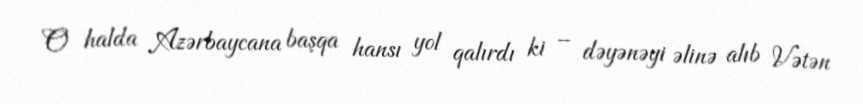
O halda Azərbaycana başqa hansı yol qalırdı ki – dəyənəyi əlinə alıb Vətən